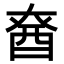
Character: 𮠡